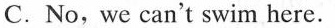
C.No,we can't swim here.